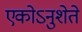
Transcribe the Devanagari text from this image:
एकोऽनुशेते